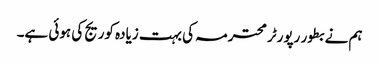
ہم نے بطور رپورٹر محترمہ کی بہت زیادہ کوریج کی ہوئی ہے۔